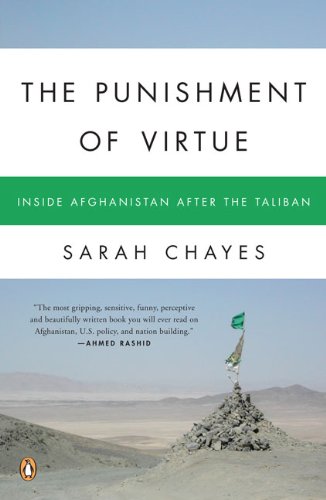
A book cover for The Punishment of Virtue: Inside Afghanistan After the Taliban; Sarah Chayes; History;